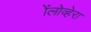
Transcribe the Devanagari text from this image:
ॲलोव्हेरा